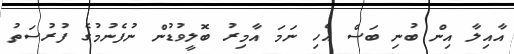
އާއިލާ އިން ބުނި ބަސް އެހި ނަމަ އާމިރު ބޮލީވުޑުން ނުފެނުމުގެ ފުުރުސަތު